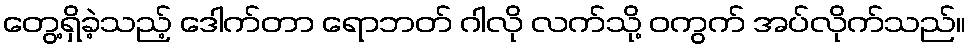
တွေ့ရှိခဲ့သည့် ဒေါက်တာ ရောဘတ် ဂါလို လက်သို့ ဝကွက် အပ်လိုက်သည်။